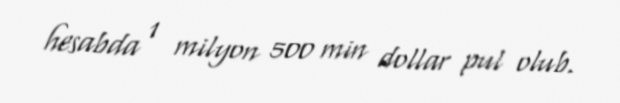
hesabda 1 milyon 500 min dollar pul olub.